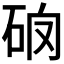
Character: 𥑩